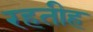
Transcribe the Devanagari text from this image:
रहतीह